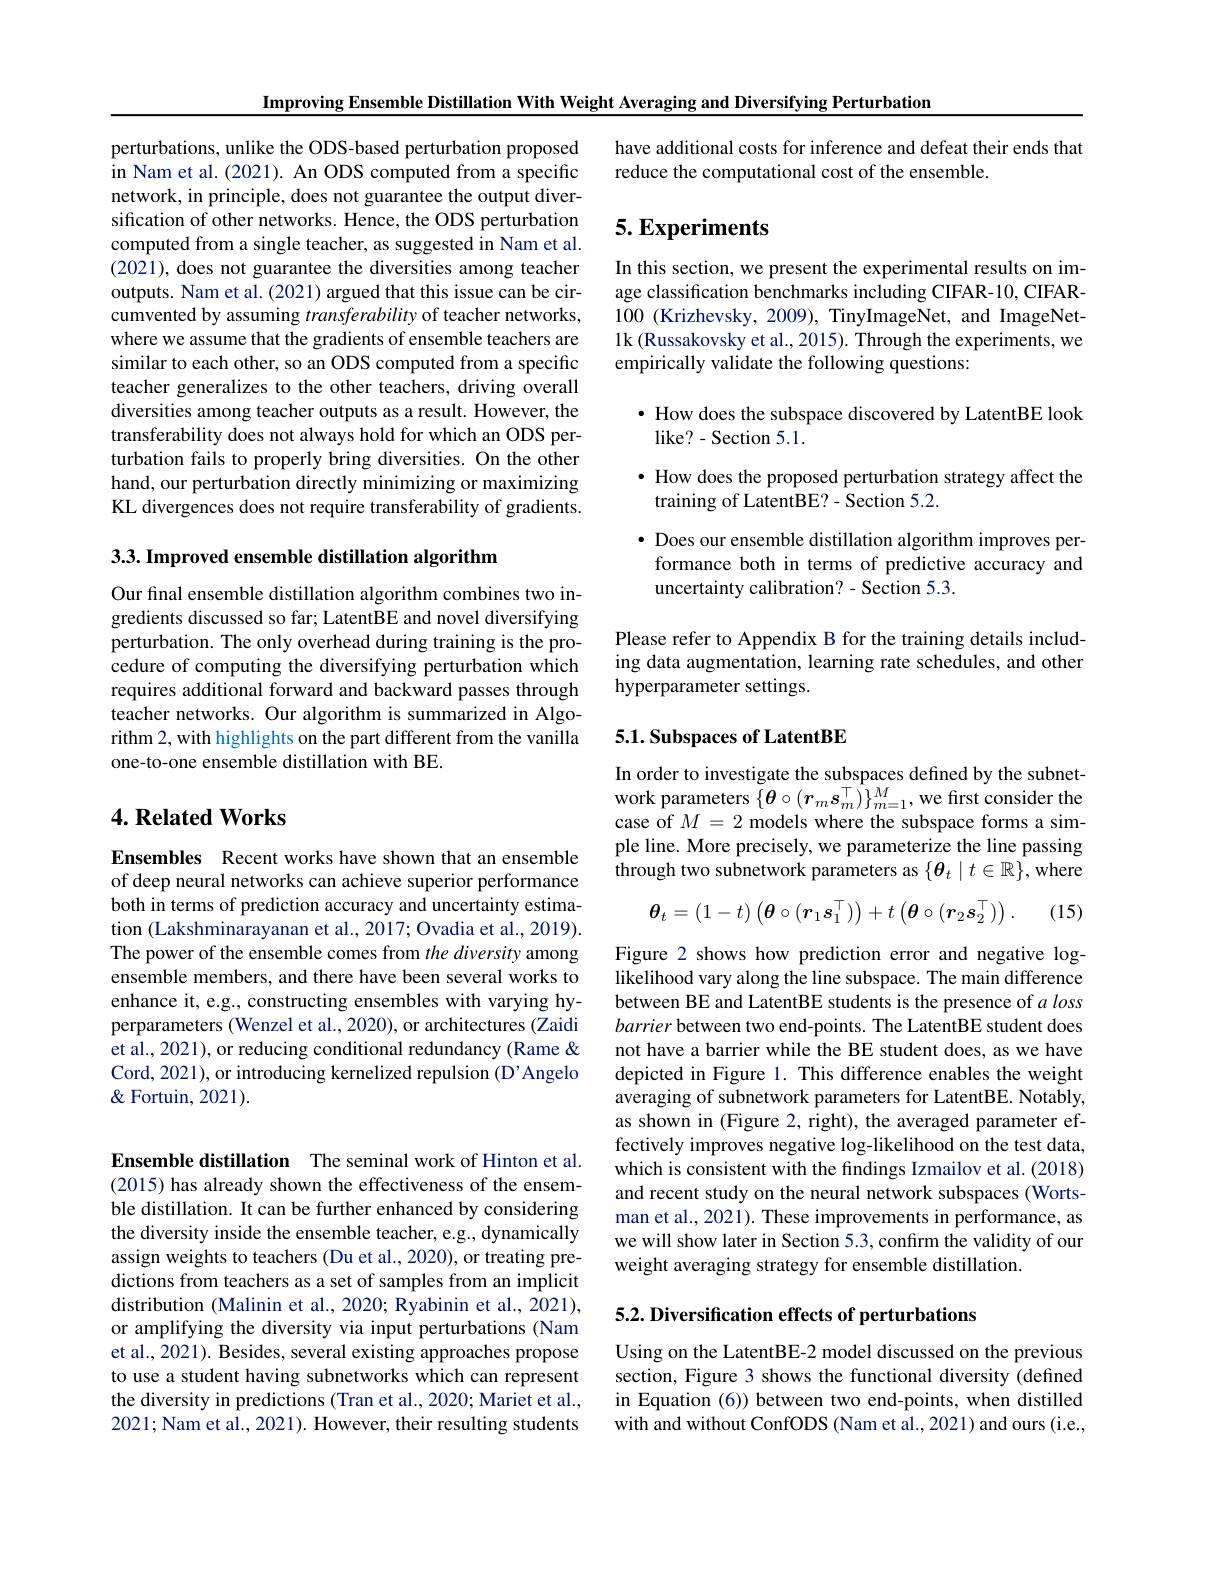
Improving Ensemble Distillation With Weight Averaging and Diversifying Perturbation

perturbations, unlike the ODS-based perturbation proposed in Nam et al. (2021). An ODS computed from a specific network, in principle, does not guarantee the output diversification of other networks. Hence, the ODS perturbation computed from a single teacher, as suggested in Nam et al. (2021), does not guarantee the diversities among teacher outputs. Nam et al. (2021) argued that this issue can be circumvented by assuming transferability of teacher networks, where we assume that the gradients of ensemble teachers are similar to each other, so an ODS computed from a specific teacher generalizes to the other teachers, driving overall diversities among teacher outputs as a result. However, the transferability does not always hold for which an ODS perturbation fails to properly bring diversities. On the other hand, our perturbation directly minimizing or maximizing KL divergences does not require transferability of gradients.

3.3. Improved ensemble distillation algorithm

Our final ensemble distillation algorithm combines two ingredients discussed so far; LatentBE and novel diversifying perturbation. The only overhead during training is the procedure of computing the diversifying perturbation which requires additional forward and backward passes through teacher networks. Our algorithm is summarized in Algorithm 2, with highlights on the part different from the vanilla one-to-one ensemble distillation with BE.

## $4. \textbf{Related Works}$

Ensembles Recent works have shown that an ensemble of deep neural networks can achieve superior performance both in terms of prediction accuracy and uncertainty estimation (Lakshminarayanan et al., 2017; Ovadia et al., 2019). The power of the ensemble comes from the diversity among ensemble members, and there have been several works to enhance it, e.g., constructing ensembles with varying hyperparameters (Wenzel et al., 2020), or architectures (Zaidi et al., 2021), or reducing conditional redundancy (Rame & Cord, 2021), or introducing kernelized repulsion (D'Angelo $\&$ Fortuin, 2021).

Ensemble distillation The seminal work of Hinton et al. (2015) has already shown the effectiveness of the ensemble distillation. It can be further enhanced by considering the diversity inside the ensemble teacher, e.g., dynamically assign weights to teachers (Du et al., 2020), or treating predictions from teachers as a set of samples from an implicit distribution (Malinin et al., 2020; Ryabinin et al., 2021), or amplifying the diversity via input perturbations (Nam et al., 2021). Besides, several existing approaches propose to use a student having subnetworks which can represent the diversity in predictions (Tran et al., 2020; Mariet et al., 2021; Nam et al., 2021). However, their resulting students

have additional costs for inference and defeat their ends that
reduce the computational cost of the ensemble.

## $5. \textbf{Experiments}$

In this section, we present the experimental results on image classification benchmarks including CIFAR-10, CIFAR- 100 (Krizhevsky, 2009), TinyImageNet, and ImageNet- 1k (Russakovsky et al., 2015). Through the experiments, we empirically validate the following questions:

$\bullet$ How does the subspace discovered by LatentBE look
like? - Section 5. 1.
· How does the proposed perturbation strategy affect the
training of LatentBE?- Section 5.2.
$\bullet$ Does our ensemble distillation algorithm improves per-
formance both in terms of predictive accuracy and
uncertainty calibration? - Section 5.3.

Please refer to Appendix B for the training details including data augmentation, learning rate schedules, and other hyperparameter settings.

## 5.1. Subspaces of LatentBE

In order to investigate the subspaces defined by the subnetwork parameters $\{\boldsymbol{\theta}\circ(\boldsymbol{r}_m\boldsymbol{s}_m^\top)\}_{m=1}^M$, we first consider the case of $M=2$ models where the subspace forms a simple line. More precisely, we parameterize the line passing through two subnetwork parameters as $\{\boldsymbol\theta_t\mid t\in\mathbb{R}\}$, where

(15)
$$\boldsymbol{\theta}_t=(1-t)\left(\boldsymbol{\theta}\circ(\boldsymbol{r}_1\boldsymbol{s}_1^\top)\right)+t\left(\boldsymbol{\theta}\circ(\boldsymbol{r}_2\boldsymbol{s}_2^\top)\right).$$
Figure 2 shows how prediction error and negative loglikelihood vary along the line subspace. The main difference between BE and LatentBE students is the presence of $a\textit{loss}$ barrier between two end-points. The LatentBE student does not have a barrier while the BE student does, as we have depicted in Figure 1. This difference enables the weight averaging of subnetwork parameters for LatentBE. Notably, as shown in (Figure 2, right), the averaged parameter effectively improves negative log-likelihood on the test data, which is consistent with the findings Izmailov et al. (2018) and recent study on the neural network subspaces (Wortsman et al., 2021). These improvements in performance, as we will show later in Section 5.3, confirm the validity of our weight averaging strategy for ensemble distillation

5.2. Diversification effects of perturbations

Using on the LatentBE-2 model discussed on the previous section, Figure 3 shows the functional diversity (defined in Equation (6)) between two end-points, when distilled with and without ConfODS (Nam et al., 2021) and ours (i.e.,